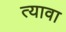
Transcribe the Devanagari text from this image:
त्यावा